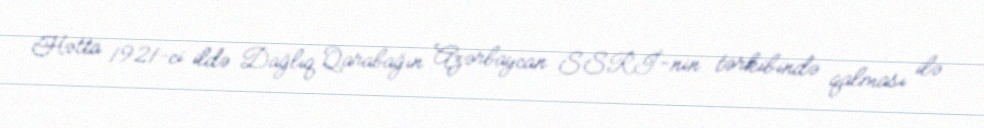
Hətta 1921-ci ildə Dağlıq Qarabağın Azərbaycan SSRİ-nin tərkibində qalması ilə